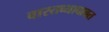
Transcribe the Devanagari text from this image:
वास्तव्याबाबत